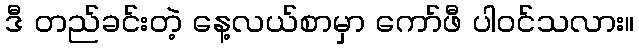
ဒီ တည်ခင်းတဲ့ နေ့လယ်စာမှာ ကော်ဖီ ပါဝင်သလား။